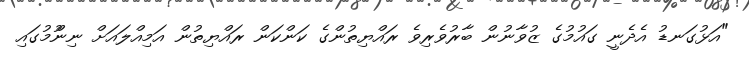
"އަޅުގަނޑު އެދެނީ ގައުމުގެ ޒުވާނުން ބާރުވެރިވެ ރައްޔިތުންގެ ކަންކަން ރައްޔިތުން އަމިއްލައަށް ނިންުމުގައި